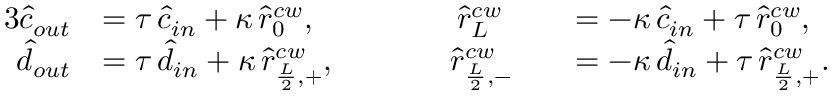
\begin{array} { r l r l } { { 3 } \hat { c } _ { o u t } } & { = \tau \, \hat { c } _ { i n } + \kappa \, \hat { r } _ { 0 } ^ { c w } , \; \; \; \; \; \; \; \; \; \; \; \; \; \; \; \; \hat { r } _ { L } ^ { c w } } & & { = - \kappa \, \hat { c } _ { i n } + \tau \, \hat { r } _ { 0 } ^ { c w } , } \\ { \hat { d } _ { o u t } } & { = \tau \, \hat { d } _ { i n } + \kappa \, \hat { r } _ { \frac { L } { 2 } , + } ^ { c w } , \; \; \; \; \; \; \; \; \; \; \; \; \; \hat { r } _ { \frac { L } { 2 } , - } ^ { c w } } & & { = - \kappa \, \hat { d } _ { i n } + \tau \, \hat { r } _ { \frac { L } { 2 } , + } ^ { c w } . } \end{array}